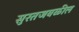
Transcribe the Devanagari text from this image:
सुरतजवळील